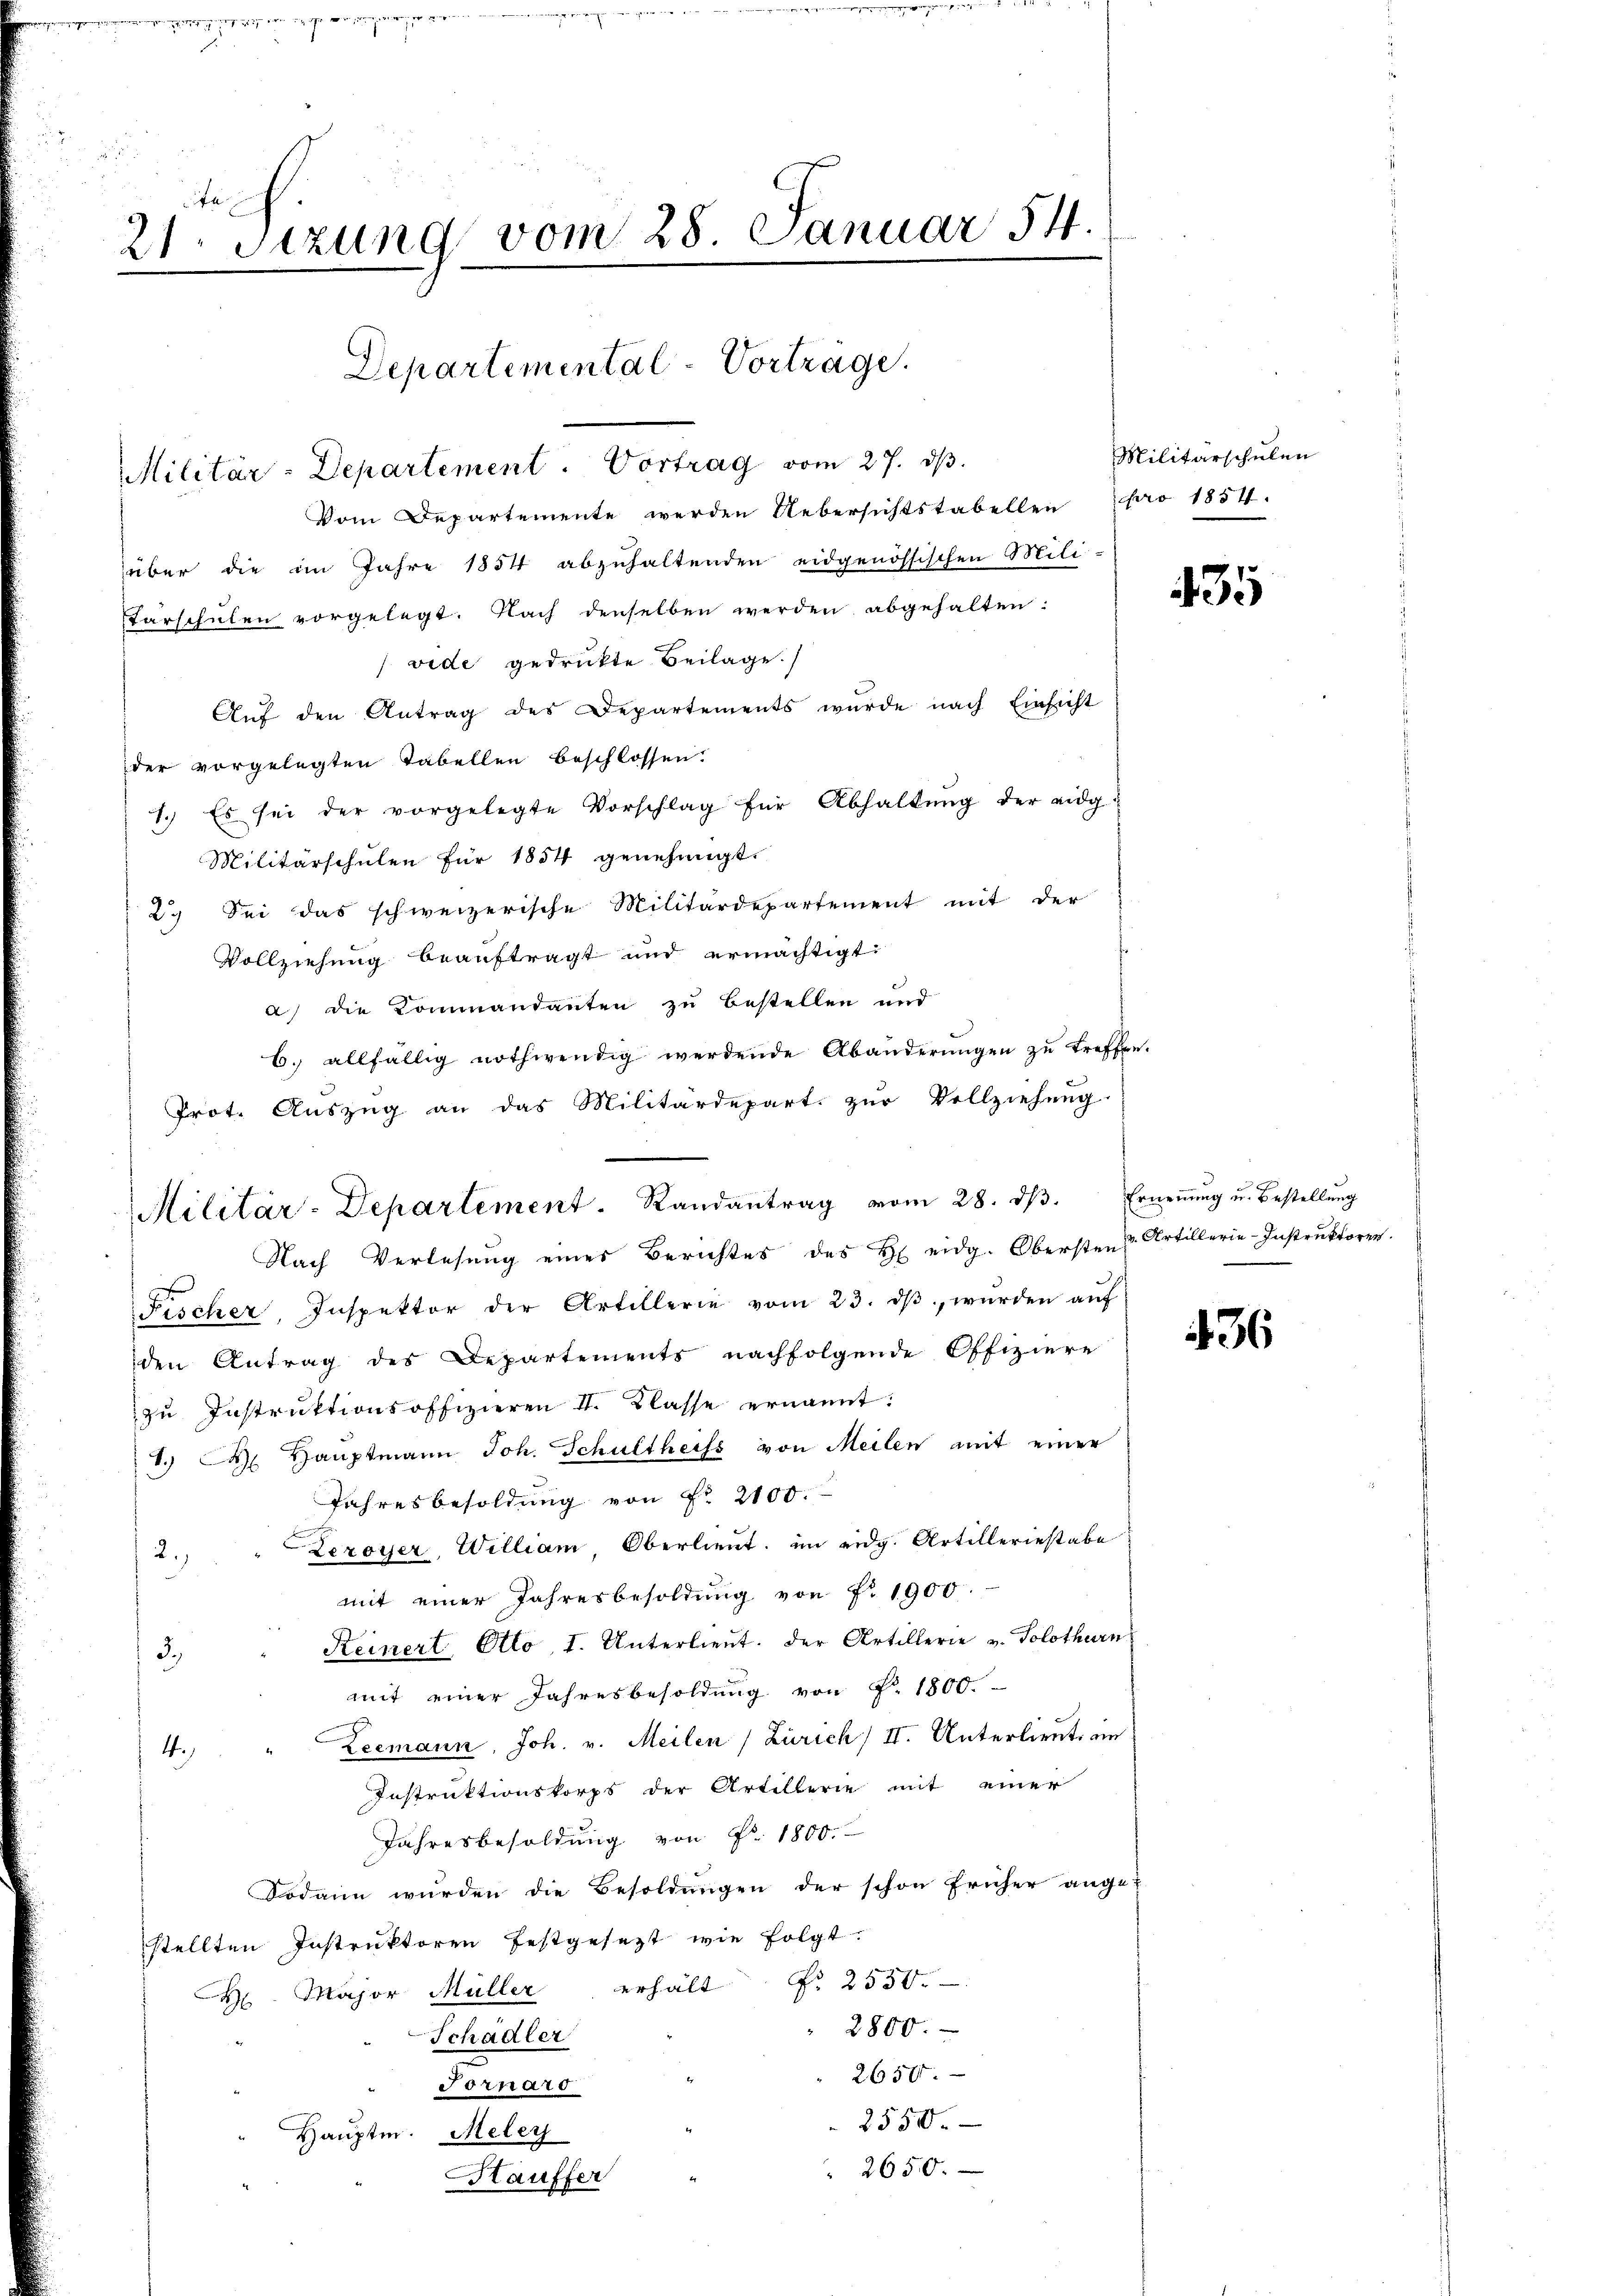
3

 eigen wird die ge
.
21. Setzung vom 28 Januar 54.

Departemental-Vortrage.
Militär-Departement. Vortrag vom 27. dβ.

Vom Departemente werden Uebersichtstabellen pro 1854.
über die im Jahre 1854 abzuhaltenden eidgenössischen Mili-
tarschulen vorgelegt. Nach denselben werden abgehalten:
(vide gedruckte Beilage.
Aŭf den Antrag des Departements wurde nach Einsicht
der vorgelegten Tabellen beschlossen.
1. Es sei der vorgelegte Vorschlag für Abhaltŭng der eidg¬
Militärschulen für 1854 genehmigt.
2. Sei das schweizerische Militärdepartement mit der
Vollziehung beauftragt und ermächtigt.
a) die Kommandanten zu bestellen und
b. allfällig nothwendig werdende Abänderungen zu treffen.
Prot. Auszug an das Militärdepart. zŭr Vollziehung.
Militär-Departement. Randantrag vom 28. dβ. Erneṅŭng u. Bestellŭng
Nach Verlesung eines Berichtes des H eidg. Obersten
Fischer, Inspektor der Artillerie vom 23. dβ, wurden aŭf
den Antrag des Departements nachfolgende Offiziere
zu Instruktionsoffizieren II. Klasse ernannt:
1.) St. Hauptmann Joh. Schultheiss von Meilen mit einer
Jahresbesoldung von Fr. 2100.
Zezoyer, William Oberlieut. im eidg. Artilleriestabe
2.)
mit einer Jahresbesoldung von F. 1900.
Keinert Otto, I. Unterlieŭt. der Artillerie u. Solothurn
3.)
mit einer Jahresbesoldung von P. 1800.
Leemann, Joh. v. Meilen (Zürich) II. Unterlieute an
4.
Instruktionskorps der Artillerie mit einer
Jahresbesoldung von Fr. 1800.
Sodann wurden die Besoldungen der schon früher ange-
stellten Instruktoren festgesezt wie folgt.
No 2550.
erhalt
 Major Müller
2800.
Schädler
2650.
Fornard
2550.
Hauptm. Meley
2650.
Hauffer

Militärschulen

435

v. Artillerie-Instruktoren.

436